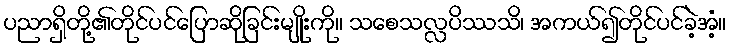
ပညာရှိတို့၏တိုင်ပင်ပြောဆိုခြင်းမျိုးကို။ သစေသလ္လပိဿသိ၊ အကယ်၍တိုင်ပင်ခဲ့အံ့။